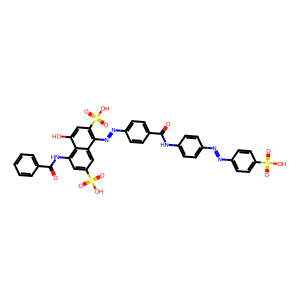
SMILES: O=C(Nc1ccc(N=Nc2ccc(S(=O)(=O)O)cc2)cc1)c1ccc(N=Nc2c(S(=O)(=O)O)cc(O)c3c(NC(=O)c4ccccc4)cc(S(=O)(=O)O)cc23)cc1
Inhibits HIV replication: Yes